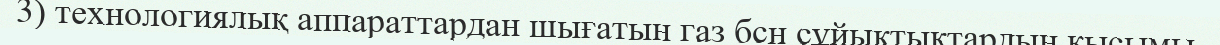
3) технологиялық аппараттардан шығатын газ бсн сұйықтықтардың қысымы.